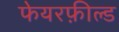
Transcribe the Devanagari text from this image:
फेयरफ़ील्ड